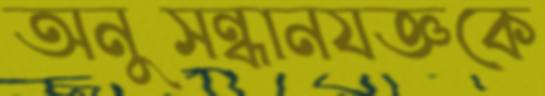
অনুসন্ধানযজ্ঞকে